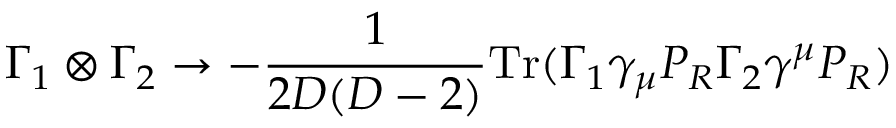
\Gamma _ { 1 } \otimes \Gamma _ { 2 } \rightarrow - \frac { 1 } { 2 D ( D - 2 ) } \mathrm { T r } ( \Gamma _ { 1 } \gamma _ { \mu } P _ { R } \Gamma _ { 2 } \gamma ^ { \mu } P _ { R } )